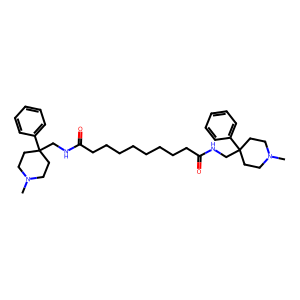
SMILES: CN1CCC(CNC(=O)CCCCCCCCC(=O)NCC2(c3ccccc3)CCN(C)CC2)(c2ccccc2)CC1
Inhibits HIV replication: Yes